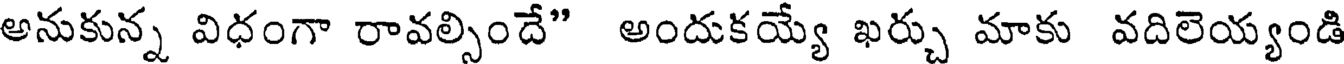
అనుకున్న విధంగా రావల్సిందే" అందుకయ్యే ఖర్చు మాకు వదిలెయ్యండి